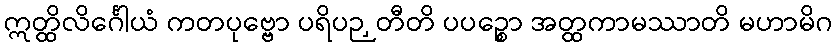
ဣတ္ထိလိင်္ဂေါယံ ကတပုဗ္ဗော ပရိပဉှတီတိ ပပဉ္စော အတ္ထကာမဿာတိ မဟာမိဂ